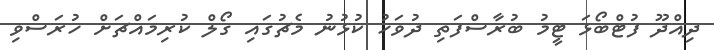
ދިއްދޫ ފުޓްބޯޅަ ޓީީމު ބުރާސްފަތި ދުވަހު ކުޅުނު މެޗުގައި ގޯލް ކުރިމައްޗަށް ހުރަސްވި